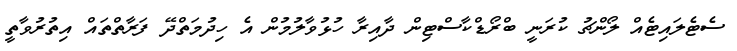
ސެޓެލައިޓެއް ލޯންޗު ކުރަނީ ބްރޯޑްކާސްޓިން ދާއިރާ ހުޅުވާލުމުން އެ ހިދުމަތްދޭ ފަރާތްތައް އިތުރުވާތީ